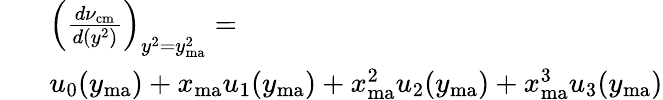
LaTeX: \begin{array}{rl}{~~~}&{\left(\frac{d\nu_{\mathrm{cm}}}{d(y^{2})}\right)_{y^{2}=y_{\mathrm{ma}}^{2}}=}\\ &{u_{0}(y_{\mathrm{ma}})+x_{\mathrm{ma}}u_{1}(y_{\mathrm{ma}})+x_{\mathrm{ma}}^{2}u_{2}(y_{\mathrm{ma}})+x_{\mathrm{ma}}^{3}u_{3}(y_{\mathrm{ma}})}\end{array}